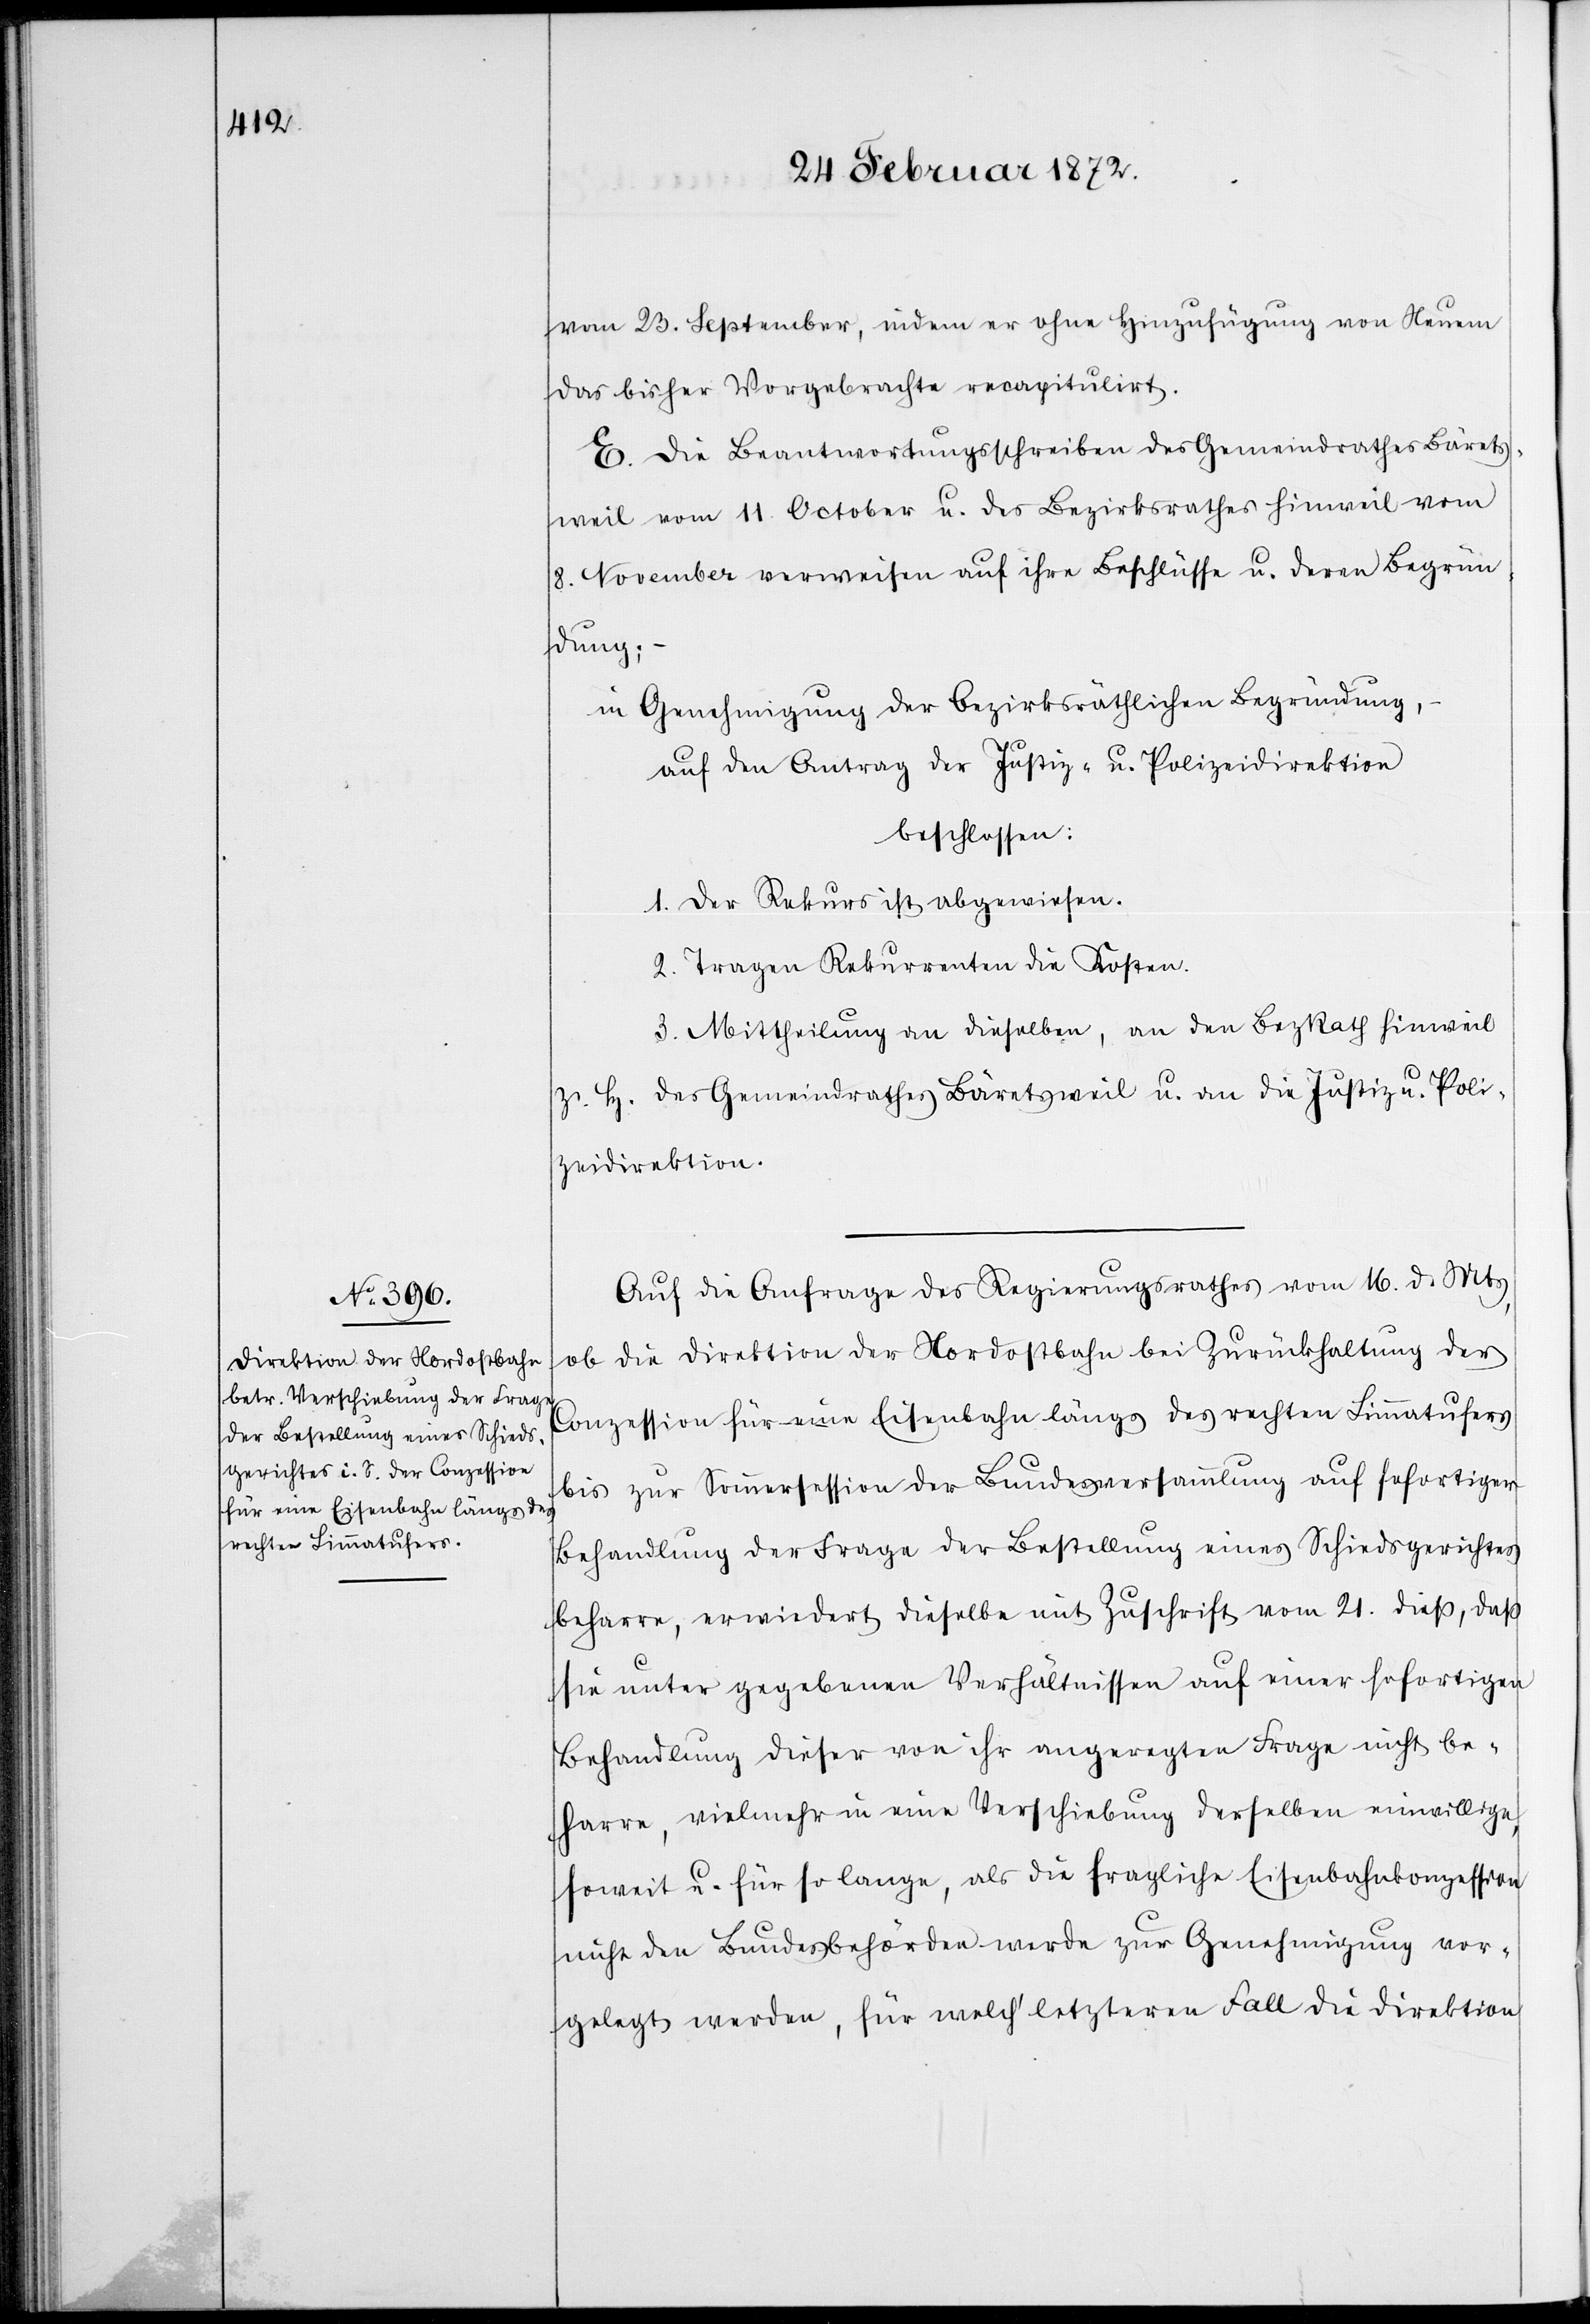
vom 23. September, indem er ohne Hinzufügung von Neuem
das bisher Vorgebrachte recapitulirt.
E. Die Beantwortungsschreiben des Gemeindrathes Bärets¬
weil vom 11. October u. des Bezirksrathes Hinweil vom
8. November verweisen auf ihre Beschlüsse u. deren Begrün¬
dung;
in Genehmigung der bezirksräthlichen Begründung,
auf den Antrag der Justiz- u. Polizeidirektion
beschlossen:
1. Der Rekurs ist abgewiesen.
2.Tragen Rekurrenten die Kosten.
3. Mittheilung an dieselben, an den BezRath Hinweil
z. H. des Gemeindrathes Bäretsweil u. an die Justiz u. Poli¬
zeidirektion.
Auf die Anfrage des Regierungsrathes vom 16. d. Mts,
ob die Direktion der Nordostbahn bei Zurückhaltung der
Conzession für eine Eisenbahn längs des rechten Limmatufers
bis zur Sommersession der Bundesversammlung auf sofortiger
Behandlung der Frage der Bestellung eines Schiedsgerichtes
beharre, erwiedert dieselbe mit Zuschrift vom 21. dieß, daß
sie unter gegebenen Verhältnisse auf einer sofortigen
Behandlung dieser von ihr angeregten Frage nicht be¬
harre, vielmehr in eine Verschiebung derselben einwillige,
soweit u. für so lange, als die fragliche Eisenbahnkonzession
nicht den Bundesbehörden werde zur Genehmigung vor¬
gelegt werden, für welch’ letzteren Fall die Direktion